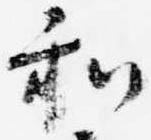
和